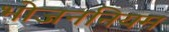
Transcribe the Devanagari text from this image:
भोजननियम